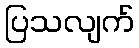
ပြသလျက်